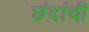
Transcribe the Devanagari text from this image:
छंदांची